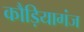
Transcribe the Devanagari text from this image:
कौड़ियागंज